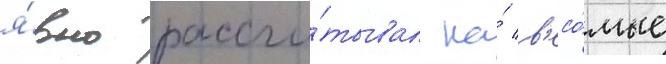
я́вно рассчи́тывал на́ в'есо́мые